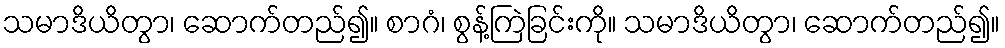
သမာဒိယိတွာ၊ ဆောက်တည်၍။ စာဂံ၊ စွန့်ကြဲခြင်းကို။ သမာဒိယိတွာ၊ ဆောက်တည်၍။